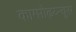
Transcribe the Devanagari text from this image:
काम्प्तोढ़य्न्चुस